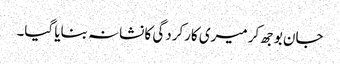
جان بوجھ کر میری کارکردگی کا نشانہ بنایا گیا۔